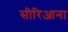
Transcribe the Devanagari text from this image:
सीरिआना